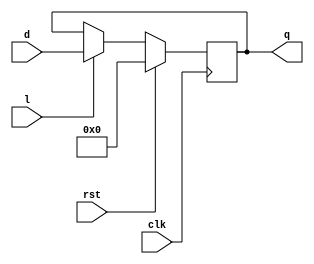
//PIPO
module s1(rst,d,clk,q,l);

input clk,l,rst;
input [7:0] d;
output reg [7:0] q;

always @(posedge clk)
begin
if(rst)
q=0;
else if(l)
q=d;
end
endmodule